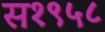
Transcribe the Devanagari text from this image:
स१९५८